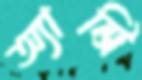
অ্যান্ট্রি